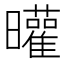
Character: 𣌓